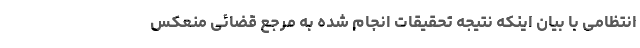
انتظامی با بیان اینکه نتیجه تحقیقات انجام شده به مرجع قضائی منعکس